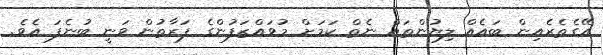
އޭގެތެރެއިން ބައެއް ލިޔުންތައް ނެތް ކަމަށް މުވައްޒަފުންގެ ފަރާތުން ވަނީ ބުނެފަ އެވެ.